Malarial fevers
Disease focus: Malaria
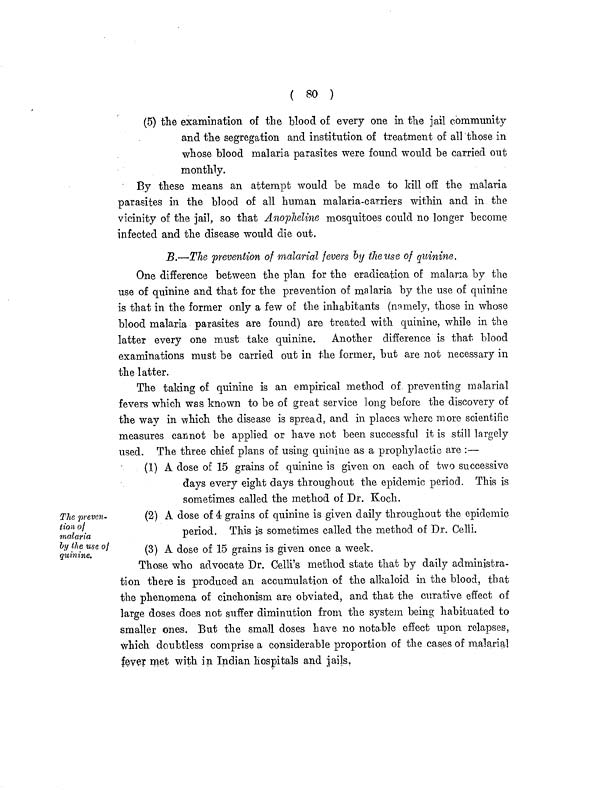
( 80 )
(5) the examination of the blood of every one in the jail community
and the segregation and institution of treatment of all those in
whose blood malaria parasites were found would be carried out
monthly.
By these means an attempt would be made to kill off the malaria
parasites in the blood of all human malaria-carriers within and in the
vicinity of the jail, so that Anopheline mosquitoes could no longer become
infected and the disease would die out.
B.—The prevention of malarial fevers by the use of quinine.
One difference between the plan for the eradication of malaria by the
use of quinine and that for the prevention of malaria by the use of quinine
is that in the former only a few of the inhabitants (namely, those in whose
blood malaria parasites are found) are treated with quinine, while in the
latter every one must take quinine. Another difference is that blood
examinations must be carried out in the former, but are not necessary in
the latter.
The taking of quinine is an empirical method of preventing malarial
fevers which was known to be of great service long before the discovery of
the way in which the disease is spread, and in places where more scientific
measures cannot be applied or have not been successful it is still largely
used. The three chief plans of using quinine as a prophylactic are :—
The preven-
tion of
malaria
by the use of
quinine.
(1) A dose of 15 grams of quinine is given on each of two successive
days every eight days throughout the epidemic period. This is
sometimes called the method of Dr. Koch.
(2) A dose of 4 grains of quinine is given daily throughout the epidemic
period. This is sometimes called the method of Dr. Celli.
(3) A dose of 15 grains is given once a week.
Those who advocate Dr. Celli's method state that by daily administra-
tion there is produced an accumulation of the alkaloid in the blood, that
the phenomena of cinchonism are obviated, and that the curative effect of
large doses does not suffer diminution from the system being habituated to
smaller ones. But the small doses have no notable effect upon relapses,
which doubtless comprise a considerable proportion of the cases of malarial
fever met with in Indian hospitals and jails.